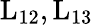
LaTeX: \mathrm{{L}_{12},\mathrm{{L}_{13}}}